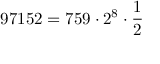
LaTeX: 9 7 1 5 2 = 7 5 9 \cdot 2 ^ { 8 } \cdot { \frac { 1 } { 2 } }